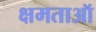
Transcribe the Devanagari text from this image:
क्षमताऑ